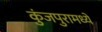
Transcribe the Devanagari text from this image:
कुंजपुरामध्ये